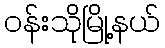
ဝန်းသိုမြို့နယ်